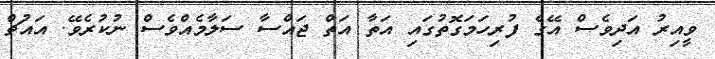
ވީއިރު އަދިވެސް އޭގެ ފުރިހަމަގޮތުގައި އަތާ އަތް ޖައްސާ ސަލާމެއްވެސް ނުކުރެވޭ. އައުޗް